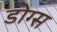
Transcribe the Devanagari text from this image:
डोग्स